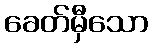
ခေတ်မှီသော